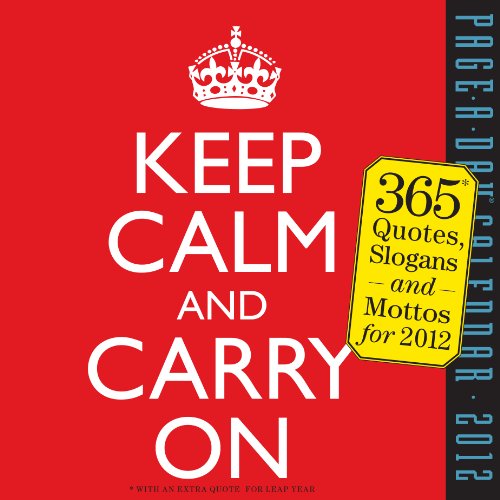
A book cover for Keep Calm and Carry On 2012 Calendar; Workman Publishing; Calendars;